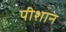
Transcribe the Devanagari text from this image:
पीशान